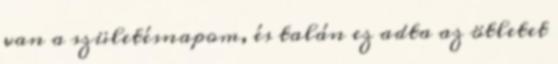
van a születésnapom, és talán ez adta az ötletet